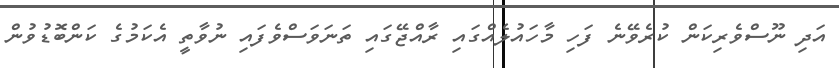
އަދި ނޫސްވެރިކަން ކުރެވޭނެ ފަހި މާހައުލެއްގައި ރާއްޖޭގައި ތަނަވަސްވެފައި ނުވާތީ އެކަމުގެ ކަންބޮޑުވުން